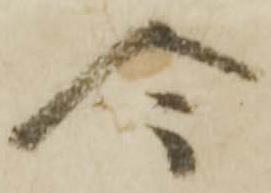
今